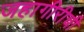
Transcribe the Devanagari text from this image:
जहागीरीची